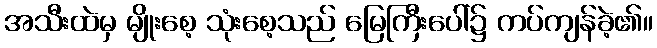
အသီးထဲမှ မျိုးစေ့ သုံးစေ့သည် မြေကြီးပေါ်၌ ကပ်ကျန်ခဲ့၏။